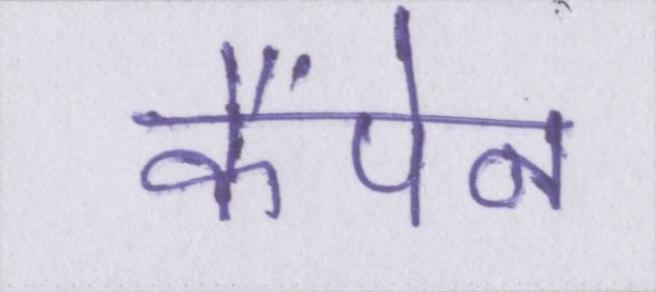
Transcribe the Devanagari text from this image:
कैंपेन